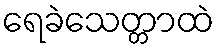
ရေခဲသေတ္တာထဲ